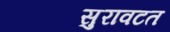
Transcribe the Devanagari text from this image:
सुरावटत